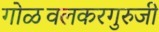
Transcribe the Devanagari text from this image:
गोळवलकरगुरुजी